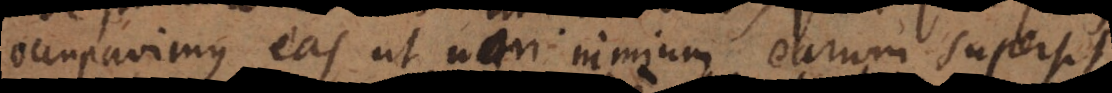
occupavimus eas ut non nimium earum supersit,